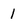
Character: 1